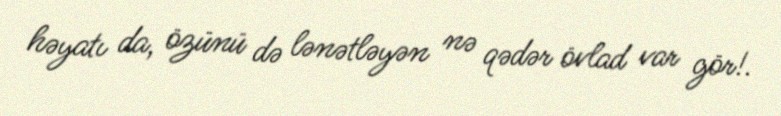
həyatı da, özünü də lənətləyən nə qədər övlad var gör!.